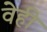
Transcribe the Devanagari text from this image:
वेही